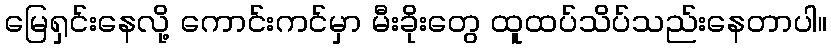
မြေရှင်းနေလို့ ကောင်းကင်မှာ မီးခိုးတွေ ထူထပ်သိပ်သည်းနေတာပါ။